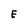
Character: E